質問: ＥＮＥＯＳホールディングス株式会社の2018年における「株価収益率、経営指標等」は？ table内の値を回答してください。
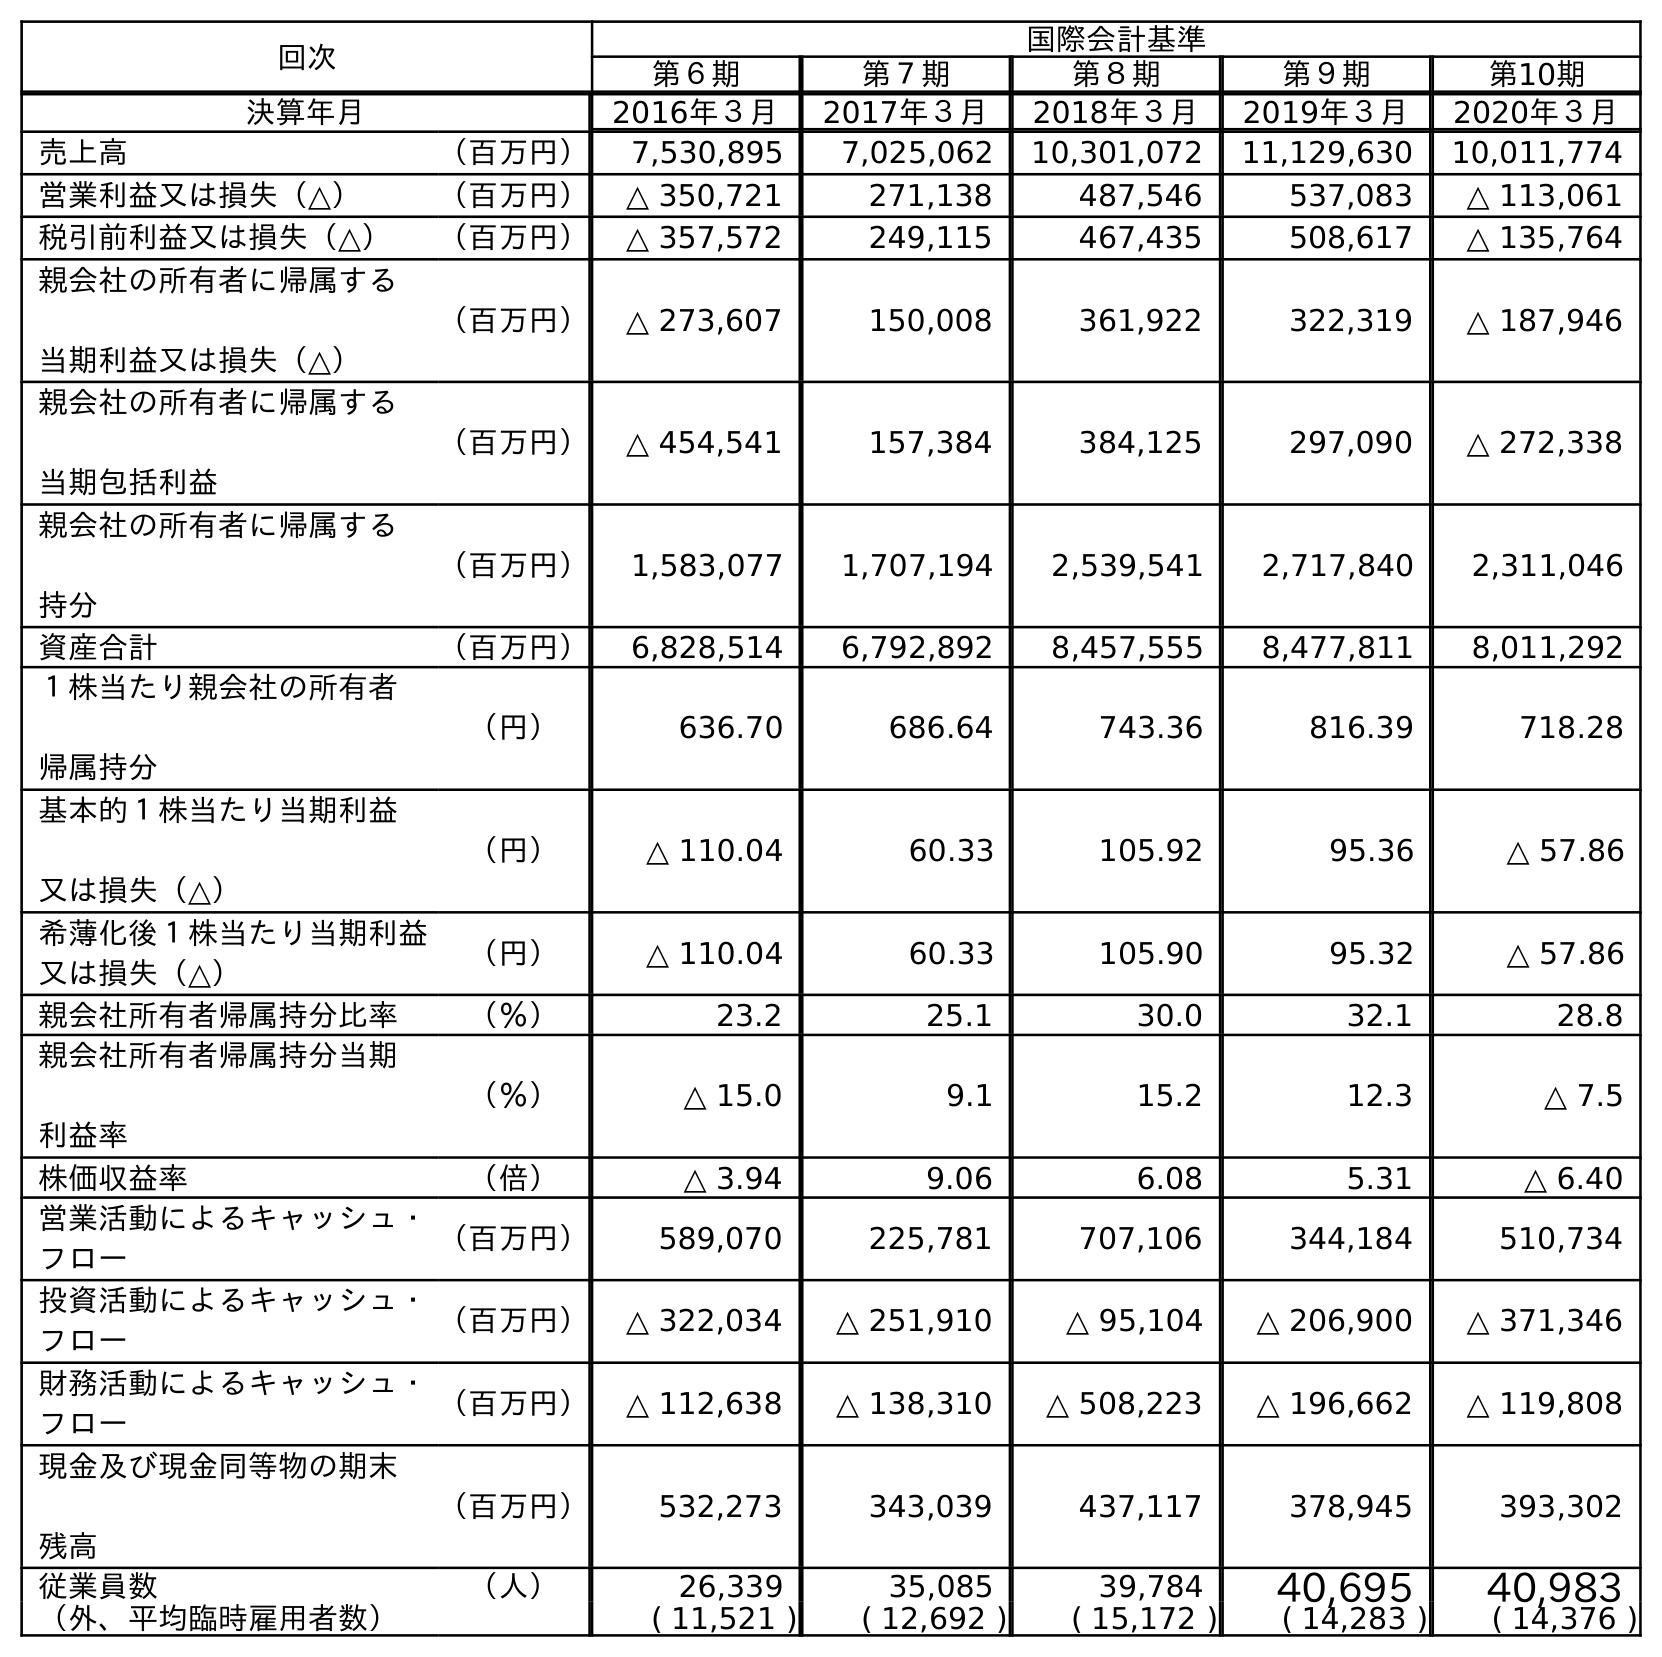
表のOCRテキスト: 回次 国際会計基準 第６期 第７期 第８期 第９期 第10期 決算年月 2016年３月 2017年３月 2018年３月 2019年３月 2020年３月 売上高 （百万円） 7,530,895 7,025,062 10,301,072 11,129,630 10,011,774 営業利益又は損失（△） （百万円） △ 350,721 271,138 487,546 537,083 △ 113,061 税引前利益又は損失（△） （百万円） △ 357,572 249,115 467,435 508,617 △ 135,764 親会社の所有者に帰属する 当期利益又は損失（△） （百万円） △ 273,607 150,008 361,922 322,319 △ 187,946 親会社の所有者に帰属する 当期包括利益 （百万円） △ 454,541 157,384 384,125 297,090 △ 272,338 親会社の所有者に帰属する 持分 （百万円） 1,583,077 1,707,194 2,539,541 2,717,840 2,311,046 資産合計 （百万円） 6,828,514 6,792,892 8,457,555 8,477,811 8,011,292 １株当たり親会社の所有者 帰属持分 （円） 636.70 686.64 743.36 816.39 718.28 基本的１株当たり当期利益 又は損失（△） （円） △ 110.04 60.33 105.92 95.36 △ 57.86 希薄化後１株当たり当期利益 又は損失（△） （円） △ 110.04 60.33 105.90 95.32 △ 57.86 親会社所有者帰属持分比率 （％） 23.2 25.1 30.0 32.1 28.8 親会社所有者帰属持分当期 利益率 （％） △ 15.0 9.1 15.2 12.3 △ 7.5 株価収益率 （倍） △ 3.94 9.06 6.08 5.31 △ 6.40 営業活動によるキャッシュ・ フロー （百万円） 589,070 225,781 707,106 344,184 510,734 投資活動によるキャッシュ・ フロー （百万円） △ 322,034 △ 251,910 △ 95,104 △ 206,900 △ 371,346 財務活動によるキャッシュ・ フロー （百万円） △ 112,638 △ 138,310 △ 508,223 △ 196,662 △ 119,808 現金及び現金同等物の期末 残高 （百万円） 532,273 343,039 437,117 378,945 393,302 従業員数 （人） 26,339 35,085 39,784 40,695 40,983 （外、平均臨時雇用者数） ( 11,521 ) ( 12,692 ) ( 15,172 ) ( 14,283 ) ( 14,376 )
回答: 6.08